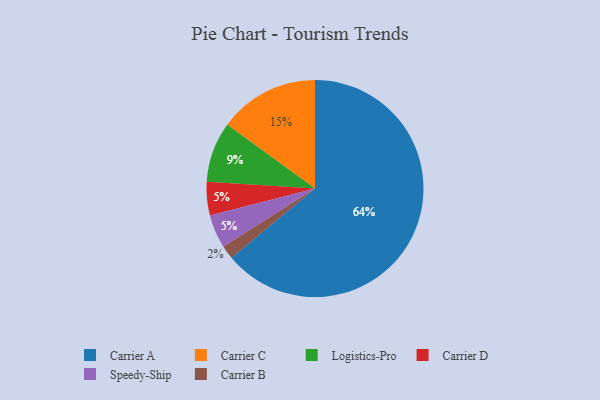
{"axis": {"x": "Category", "y": "Percentage"}, "legend": ["Carrier A", "Carrier B", "Carrier C", "Carrier D", "Logistics-Pro", "Speedy-Ship"], "data": [{"x": "Logistics-Pro", "y": 9, "type": "Logistics-Pro"}, {"x": "Carrier C", "y": 15, "type": "Carrier C"}, {"x": "Carrier D", "y": 5, "type": "Carrier D"}, {"x": "Carrier B", "y": 2, "type": "Carrier B"}, {"x": "Speedy-Ship", "y": 5, "type": "Speedy-Ship"}, {"x": "Carrier A", "y": 64, "type": "Carrier A"}]}